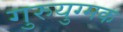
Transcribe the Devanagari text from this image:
गुरुयुग्मक